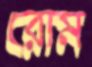
রোম